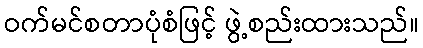
ဝက်မင်စတာပုံစံဖြင့် ဖွဲ့စည်းထားသည်။